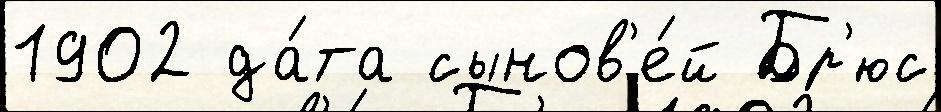
1902 да́та сынов'е́й Бр'юс